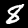
Digit: 8